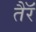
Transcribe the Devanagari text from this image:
तैरॅ